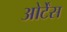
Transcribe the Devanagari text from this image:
ओर्टेंस